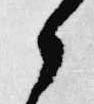
候